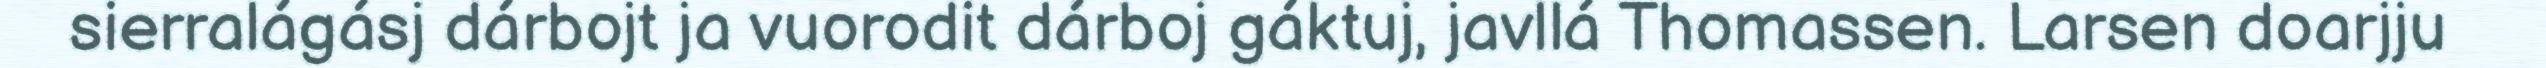
sierralágásj dárbojt ja vuorodit dárboj gáktuj, javllá Thomassen. Larsen doarjju